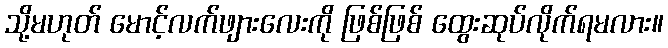
သို့မဟုတ် မောင့်လက်ဖျားလေးကို ဖြစ်ဖြစ် ထွေးဆုပ်လိုက်ရမလား။